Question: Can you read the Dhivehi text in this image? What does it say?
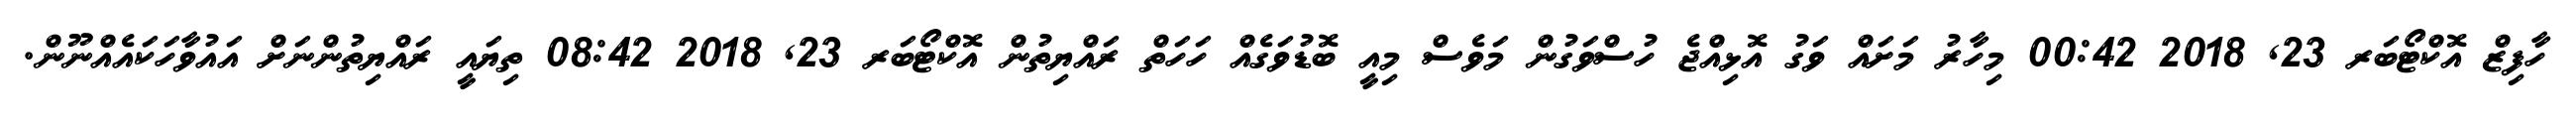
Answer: ހާފިޒް އޮކްޓޯބަރ 23, 2018 00:42 މިހާރު މަށައް ވަގު އޮޅިއްޖެ ހުސްވަގުން މަވެސް މިއީ ބޮޑުވަގެއް ހަހަތް ރައްޔިތުން އޮކްޓޯބަރ 23, 2018 08:42 ތިޔައީ ރައްޔިތުންނަށް އައުވާހަކައެއްނޫން.